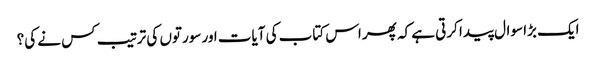
ایک بڑا سوال پیدا کرتی ہے کہ پھر اس کتاب کی آیات اور سورتوں کی ترتیب کس نے کی؟